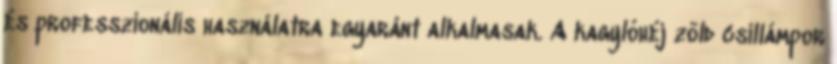
és professzionális használatra egyaránt alkalmasak. A kagylóhéj zöld csillámpor